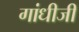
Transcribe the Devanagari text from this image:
गांधीजीं